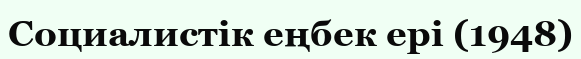
Социалистік еңбек ері (1948)